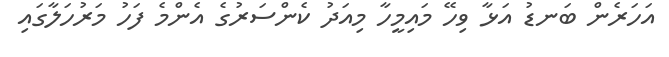
އަހަރެން ބަނޑު އަޅާ ވިހޭ މައިމީހާ މިއަދު ކެންސަރުގެ އެންމެ ފަހު މަރުހަލާގައި